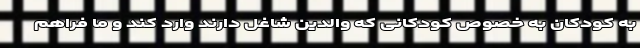
به کودکان به خصوص کودکانی که والدین شاغل دارند وارد کند و ما فراهم